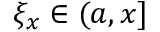
\xi _ { x } \in ( a , x ]